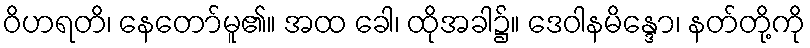
ဝိဟရတိ၊ နေတော်မူ၏။ အထ ခေါ၊ ထိုအခါ၌။ ဒေဝါနမိန္ဒော၊ နတ်တို့ကို